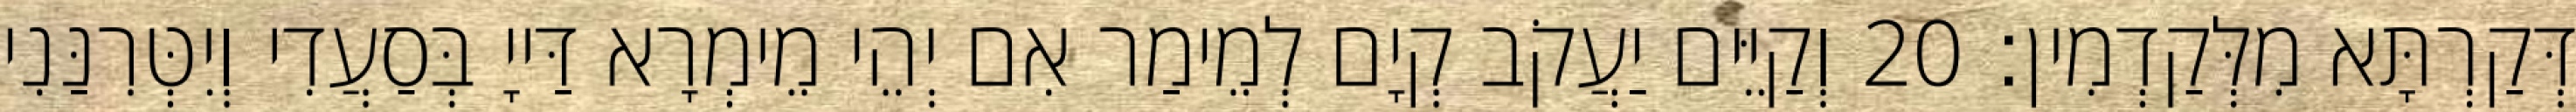
דְּקַרְתָּא מִלְּקַדְמִין׃ 20 וְקַיֵּים יַעֲקֹב קְיָם לְמֵימַר אִם יְהֵי מֵימְרָא דַּייָ בְּסַעֲדִי וְיִטְּרִנַּנִי